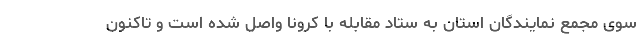
سوی مجمع نمایندگان استان به ستاد مقابله با کرونا واصل شده است و تاکنون